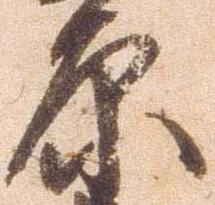
原